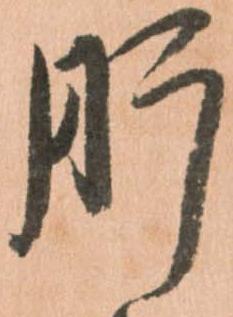
肝